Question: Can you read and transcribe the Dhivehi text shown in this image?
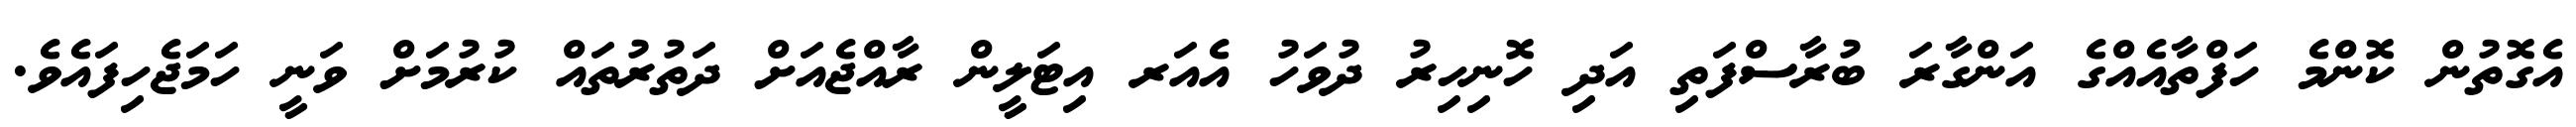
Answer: އެގޮތުން ކޮންމެ ހަފްތާއެއްގެ އަންގާރަ ބުރާސްފަތި އަދި ހޮނިހިރު ދުވަހު އެއަރ އިޓަލީން ރާއްޖެއަށް ދަތުރުތައް ކުރުމަށް ވަނީ ހަމަޖެހިފައެވެ.